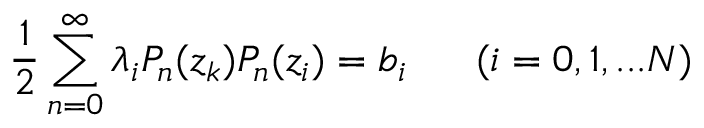
\frac { 1 } { 2 } \sum _ { n = 0 } ^ { \infty } \lambda _ { i } P _ { n } ( z _ { k } ) P _ { n } ( z _ { i } ) = b _ { i } ~ ~ ~ ~ ~ ( i = 0 , 1 , . . . N )